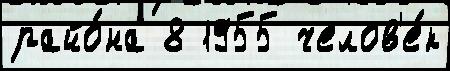
райо́на 8 1955 челов'е́к